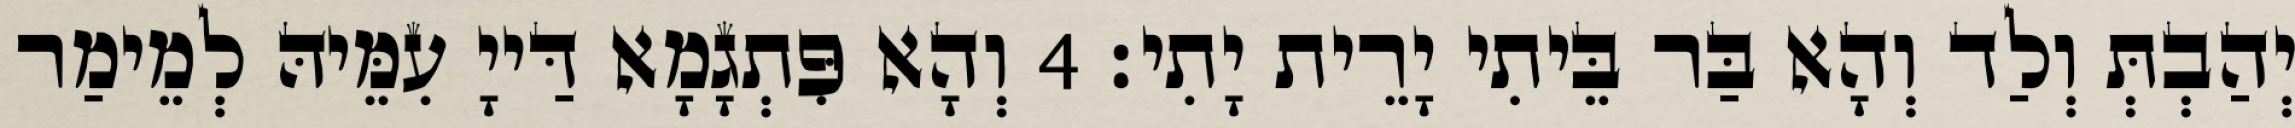
יְהַבְתְּ וְלַד וְהָא בַּר בֵּיתִי יָרֵית יָתִי׃ 4 וְהָא פִּתְגָמָא דַּייָ עִמֵּיהּ לְמֵימַר